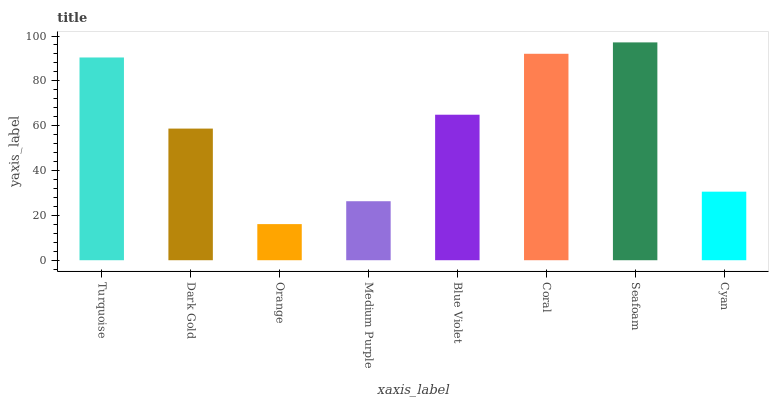
| xaxis_label | bars |
 | --- | --- |
 | Turquoise | 90.4 |
 | Dark Gold | 58.7 |
 | Orange | 16.1 |
 | Medium Purple | 26.3 |
 | Blue Violet | 64.9 |
 | Coral | 92.1 |
 | Seafoam | 97.2 |
 | Cyan | 30.6 |